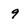
Character: 9